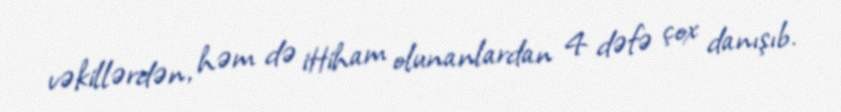
vəkillərdən, həm də ittiham olunanlardan 4 dəfə çox danışıb.